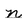
Character: n